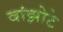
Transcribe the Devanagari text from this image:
वांझोटे